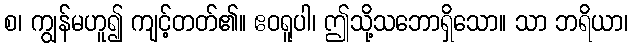
စ၊ ကျွန်မဟူ၍ ကျင့်တတ်၏။ ဧဝရူပါ၊ ဤသို့သဘောရှိသော။ သာ ဘရိယာ၊